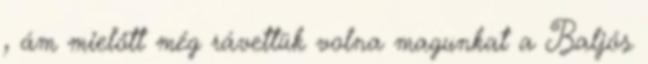
, ám mielőtt még rávettük volna magunkat a Baljós